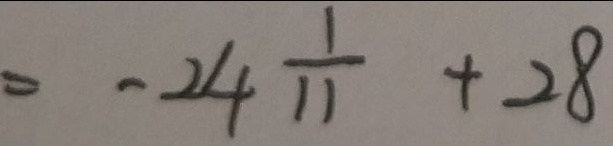
= - 2 4 \frac { 1 } { 1 1 } + 2 8